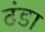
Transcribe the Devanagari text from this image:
ढंडा